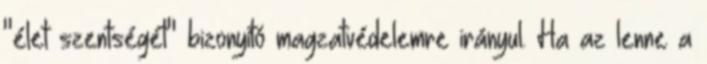
"élet szentségét" bizonyító magzatvédelemre irányul. Ha az lenne a